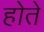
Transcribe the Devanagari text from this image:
होेते